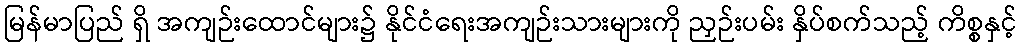
မြန်မာပြည် ရှိ အကျဉ်းထောင်များ၌ နိုင်ငံရေးအကျဉ်းသားများကို ညှဉ်းပမ်း နှိပ်စက်သည့် ကိစ္စနှင့်